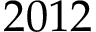
2 0 1 2